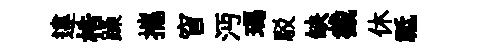
違梏躁攜窅沔瑪駁缺截休祗